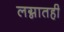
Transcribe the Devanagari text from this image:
लग्नातही